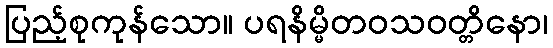
ပြည့်စုကုန်သော။ ပရနိမ္မိတဝသဝတ္တိနော၊